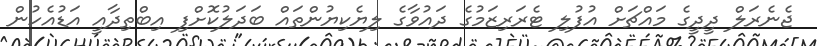
ޖެނެރަލް ދީދީގެ މައްޗަށް އުފުލި ޓެރަރިޒަމުގެ ދައުވާގެ ލިޔެކިޔުންތައް ބަދަލުކޮށްފި އިބްތިދާއީ އަޑުއެހުން